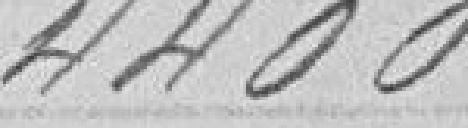
4400